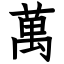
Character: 萬